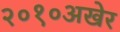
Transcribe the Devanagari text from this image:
२०१०अखेर